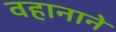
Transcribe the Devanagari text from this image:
वहानाने